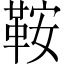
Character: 鞍